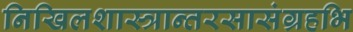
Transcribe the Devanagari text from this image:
निखिलशास्त्रान्तरसासंग्रहभि